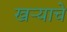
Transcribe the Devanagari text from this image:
खऱ्याचे